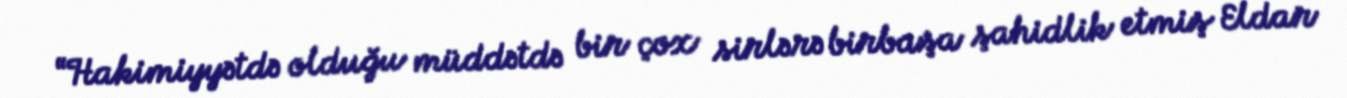
“Hakimiyyətdə olduğu müddətdə bir çox sirlərə birbaşa şahidlik etmiş Eldar